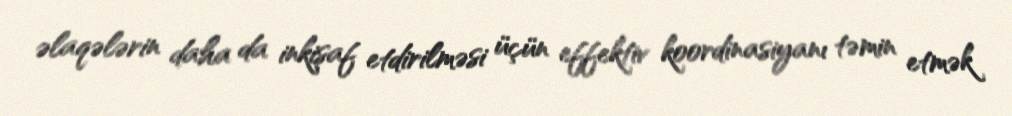
əlaqələrin daha da inkişaf etdirilməsi üçün effektiv koordinasiyanı təmin etmək